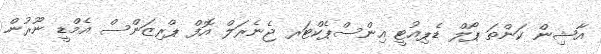
އާޝިން ކަންތަ ޕޯލް ޑެޕިއުޓީ އިންސްޕެކްޓަރ ޖެނެރަލް އޮފް ޕްރިޒަންސް އެމްޑީ ނޫރުން